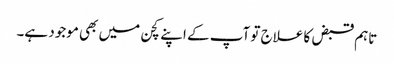
تاہم قبض کا علاج تو آپ کے اپنے کچن میں بھی موجود ہے۔